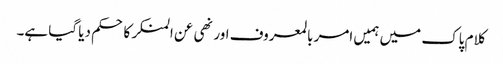
کلام پاک میں ہمیں امر بالمعروف اور نھی عن المنکر کا حکم دیا گیا ہے۔